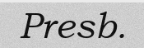
Presb.